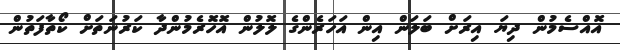
އޮއްސެމުން ދިޔަ އިރަށް ބަލަން އިން އަހަރެންގެ ލޮލުން އޮހޮރެމުންދާ ކަރުނަތަށް ކޯތާފަތުން